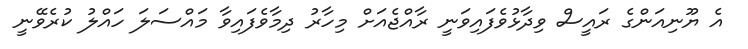
އެ ޔޫނިއަންގެ ރައީސް ވިދާޅުވެފައިވަނީ ރާއްޖެއަށް މިހާރު ދިމާވެފައިވާ މައްސަލަ ހައްލު ކުރެވޭނީ